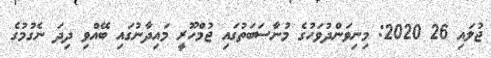
ޖުލައި 26 2020: މިނިވަންދުވަހުގެ މުނާސަބަތުގައި ޖުމްހޫރީ މައިދާނުގައި ބޭއްވި ދިދަ ނެގުމުގެ